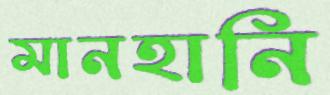
মানহানি